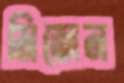
মিজেন